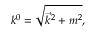
k ^ { 0 } = \sqrt { \vec { k } ^ { 2 } + m ^ { 2 } } ,